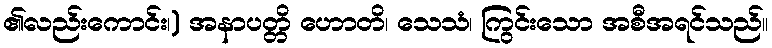
၏လည်းကောင်း၊) အနာပတ္တိ ဟောတိ၊ သေသံ၊ ကြွင်းသော အစီအရင်သည်။